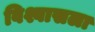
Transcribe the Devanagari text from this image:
विश्वासला